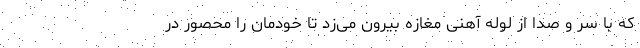
که با سر و صدا از لوله آهنی مغازه بیرون می‌زد تا خودمان را محصور در